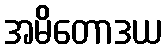
အမိတောဒယ